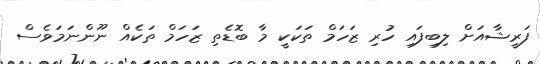
ފަރީޝާއަށް ލިބިފައި ހުރި ޒަހަމް ތަކަކީ މާ ބޮޑެތި ޒަހަމް ތަކެއް ނޫންނަމަވެސް